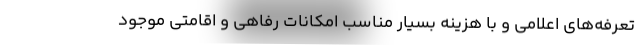
تعرفه‌های اعلامی و با هزینه بسیار مناسب امکانات رفاهی و اقامتی موجود